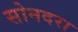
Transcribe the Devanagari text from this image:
सोनदरा